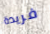
فريدة